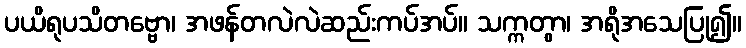
ပယိရုပသိတဗ္ဗော၊ အဖန်တလဲလဲဆည်းကပ်အပ်။ သက္ကတွာ၊ အရိုအသေပြု၍။